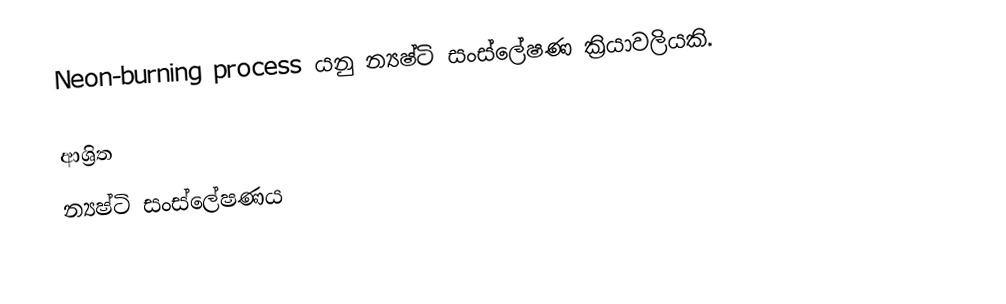
Neon-burning process යනු න්‍යෂ්ටි සංස්ලේෂණ ක්‍රියාවලියකි.

ආශ්‍රිත
 න්‍යෂ්ටි සංස්ලේෂණය